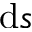
\mathrm { d } s